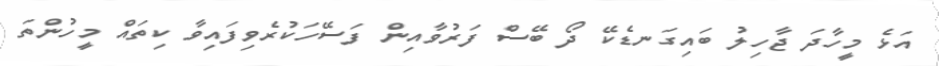
އަޅެ މީހާދަ ޖާހިލު ބައިގަނޑެކޭ ދޯ ބޭސް ފަރުވާއިން ފަސޭހަކުރެވިފައިވާ ކިތައް މީހުންތަ